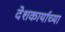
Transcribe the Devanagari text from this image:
देशकार्याच्या